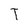
Character: T